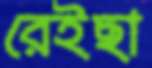
রেইছা